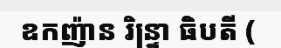
ឧកញ៉ាន រិន្ទ្រា ធិបតី (